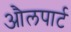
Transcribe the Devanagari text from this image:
औलपार्ट